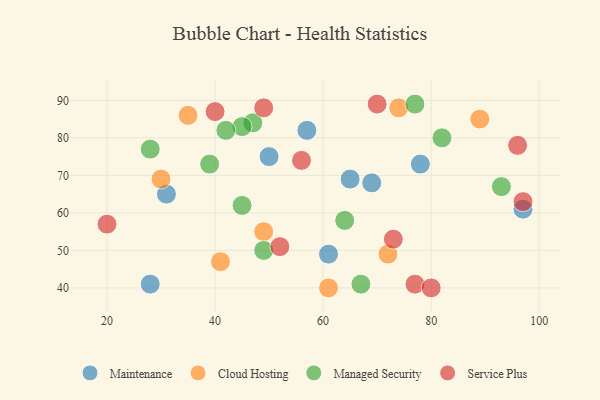
{"axis": {"x": "GDP", "y": "Life Expectancy"}, "legend": ["Cloud Hosting", "Maintenance", "Managed Security", "Service Plus"], "data": [{"x": "28", "y": 41, "type": "Maintenance"}, {"x": "31", "y": 65, "type": "Maintenance"}, {"x": "57", "y": 82, "type": "Maintenance"}, {"x": "97", "y": 61, "type": "Maintenance"}, {"x": "69", "y": 68, "type": "Maintenance"}, {"x": "78", "y": 73, "type": "Maintenance"}, {"x": "50", "y": 75, "type": "Maintenance"}, {"x": "61", "y": 49, "type": "Maintenance"}, {"x": "65", "y": 69, "type": "Maintenance"}, {"x": "89", "y": 85, "type": "Cloud Hosting"}, {"x": "30", "y": 69, "type": "Cloud Hosting"}, {"x": "74", "y": 88, "type": "Cloud Hosting"}, {"x": "61", "y": 40, "type": "Cloud Hosting"}, {"x": "49", "y": 55, "type": "Cloud Hosting"}, {"x": "72", "y": 49, "type": "Cloud Hosting"}, {"x": "41", "y": 47, "type": "Cloud Hosting"}, {"x": "35", "y": 86, "type": "Cloud Hosting"}, {"x": "28", "y": 77, "type": "Managed Security"}, {"x": "77", "y": 89, "type": "Managed Security"}, {"x": "39", "y": 73, "type": "Managed Security"}, {"x": "82", "y": 80, "type": "Managed Security"}, {"x": "67", "y": 41, "type": "Managed Security"}, {"x": "47", "y": 84, "type": "Managed Security"}, {"x": "93", "y": 67, "type": "Managed Security"}, {"x": "45", "y": 83, "type": "Managed Security"}, {"x": "49", "y": 50, "type": "Managed Security"}, {"x": "45", "y": 62, "type": "Managed Security"}, {"x": "42", "y": 82, "type": "Managed Security"}, {"x": "64", "y": 58, "type": "Managed Security"}, {"x": "77", "y": 41, "type": "Service Plus"}, {"x": "52", "y": 51, "type": "Service Plus"}, {"x": "73", "y": 53, "type": "Service Plus"}, {"x": "40", "y": 87, "type": "Service Plus"}, {"x": "97", "y": 63, "type": "Service Plus"}, {"x": "96", "y": 78, "type": "Service Plus"}, {"x": "49", "y": 88, "type": "Service Plus"}, {"x": "56", "y": 74, "type": "Service Plus"}, {"x": "70", "y": 89, "type": "Service Plus"}, {"x": "80", "y": 40, "type": "Service Plus"}, {"x": "20", "y": 57, "type": "Service Plus"}]}